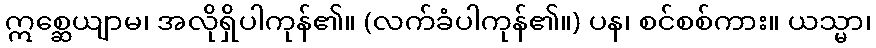
ဣစ္ဆေယျာမ၊ အလိုရှိပါကုန်၏။ (လက်ခံပါကုန်၏။) ပန၊ စင်စစ်ကား။ ယသ္မာ၊